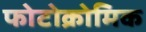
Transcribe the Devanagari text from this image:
फोटोक्रोमिक